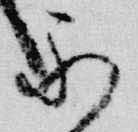
示